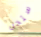
ستحل